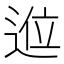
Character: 𲅛